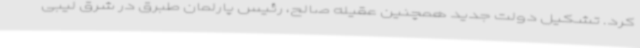
کرد. تشکیل دولت جدید همچنین عقیله صالح، رئیس پارلمان طبرق در شرق لیبی